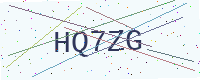
Text: HQ7ZG